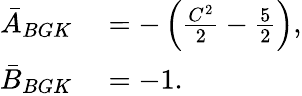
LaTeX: \begin{array}{rl}{\bar{A}_{BGK}}&{{}=-\left(\frac{C^{2}}{2}-\frac{5}{2}\right),}\\ {\bar{B}_{BGK}}&{{}=-1.}\end{array}